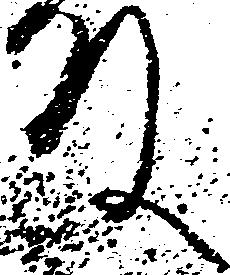
殿